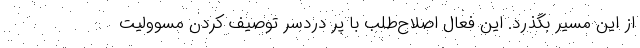
از این مسیر بگذرد. این فعال اصلاح‌طلب با پر دردسر توصیف کردن مسوولیت